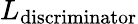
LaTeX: L_{\mathrm{discriminator}}